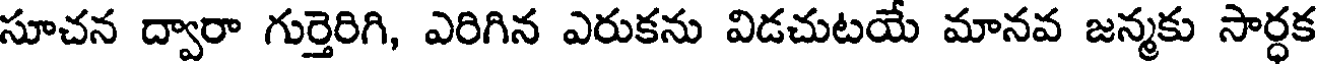
సూచన ద్వారా గుర్తెరిగి, ఎరిగిన ఎరుకను విడచుటయే మానవ జన్మకు సార్ధక